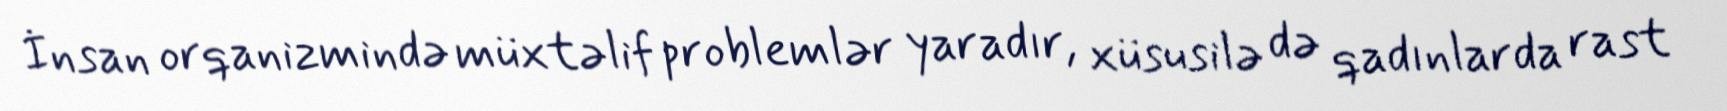
İnsan orqanizmində müxtəlif problemlər yaradır, xüsusilə də qadınlarda rast